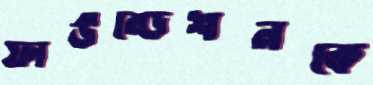
ফাউন্ডেশনকে